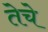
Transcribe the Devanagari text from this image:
तेचे